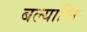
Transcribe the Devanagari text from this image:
बल्याग्नि